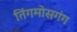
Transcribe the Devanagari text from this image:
तिंगमोसगंग